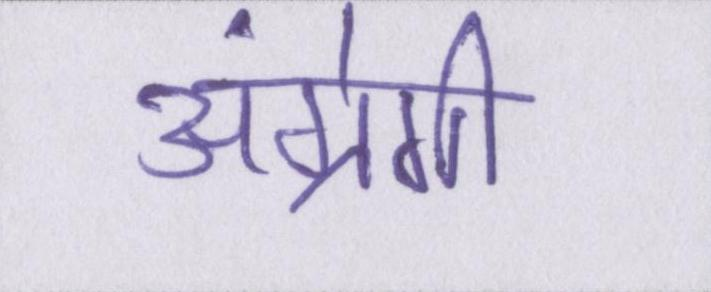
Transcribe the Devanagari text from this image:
अंग्रेगी